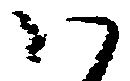
ハ